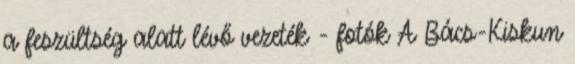
a feszültség alatt lévő vezeték - fotók A Bács-Kiskun